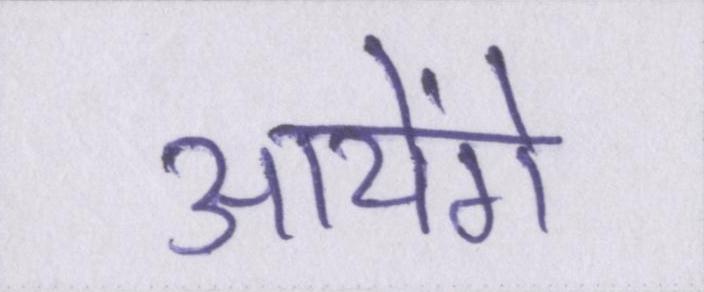
आयेंगे